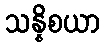
သန္နိစယာ